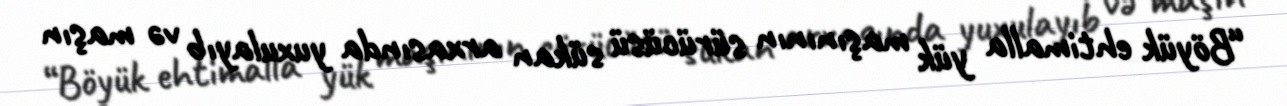
“Böyük ehtimalla yük maşınının sürücüsü sükan arxasında yuxulayıb və maşın